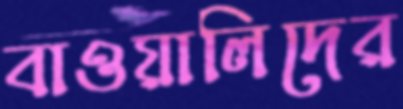
বাওয়ালিদের